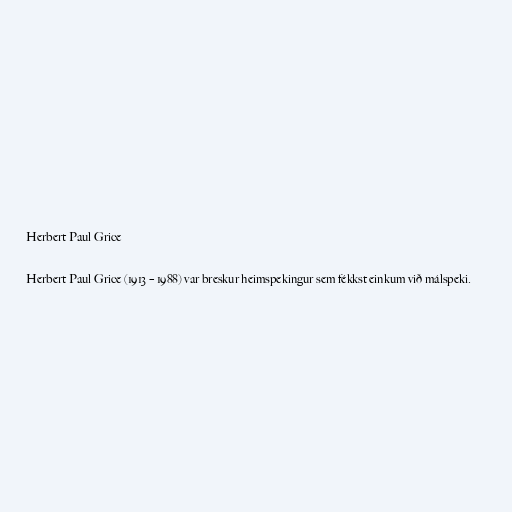
Herbert Paul Grice

Herbert Paul Grice (1913 – 1988) var breskur heimspekingur sem fékkst einkum við málspeki.